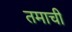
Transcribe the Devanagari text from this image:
तमाची